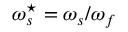
\omega _ { s } ^ { \star } = \omega _ { s } / \omega _ { f }